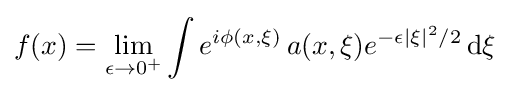
f(x)=\lim \limits _{\epsilon \to 0^{+}}\int e^{i\phi (x,\xi )}\,a(x,\xi )e^{-\epsilon |\xi |^{2}/2}\,\mathrm {d} \xi